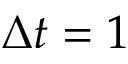
\Delta t = 1